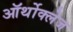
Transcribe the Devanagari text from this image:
ऑर्थोक्लेज